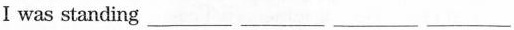
I was standing ___ ___ ___ ___